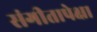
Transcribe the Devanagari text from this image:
संगीतापेक्षा